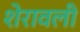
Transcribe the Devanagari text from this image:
शेरावली